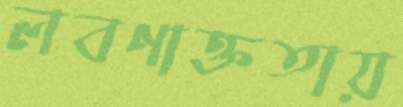
লবণাক্ততায়